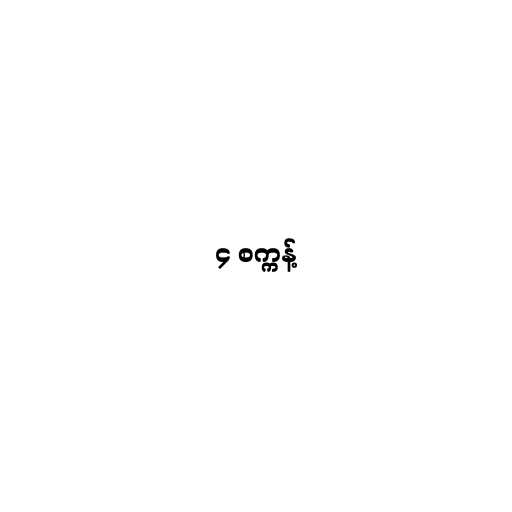
၄ စက္ကန့်